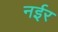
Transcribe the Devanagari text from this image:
नईर